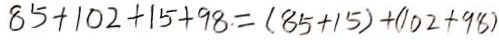
8 5 + 1 0 2 + 1 5 + 9 8 = ( 8 5 + 1 5 ) + ( 1 0 2 + 9 8 )